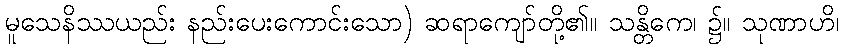
မူသေနိဿယည်း နည်းပေးကောင်းသော) ဆရာကျော်တို့၏။ သန္တိကေ၊ ၌။ သုဏာဟိ၊